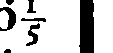
6⅕